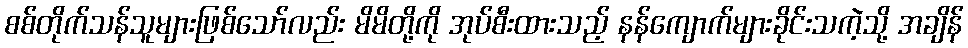
စစ်တိုက်သန်သူများဖြစ်သော်လည်း မိမိတို့ကို အုပ်စီးထားသည့် နန်ကျောက်များခိုင်းသကဲ့သို့ အချိန်